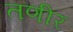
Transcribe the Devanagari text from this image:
तणीर